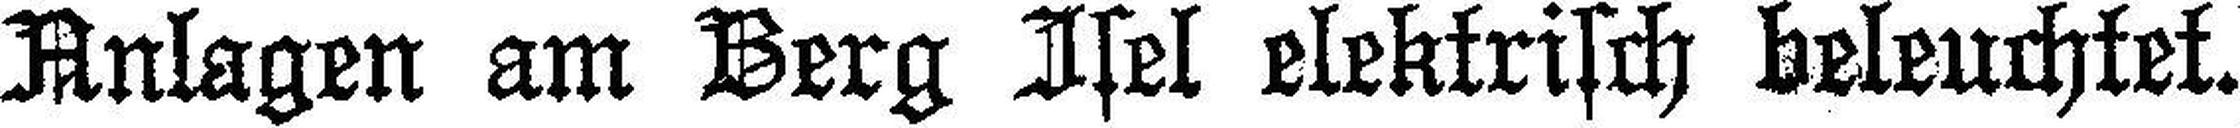
Anlagen am Berg Isel elektrisch beleuchtet.